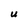
Character: U